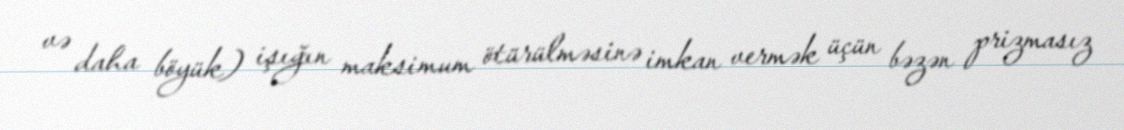
və daha böyük) işığın maksimum ötürülməsinə imkan vermək üçün bəzən prizmasız